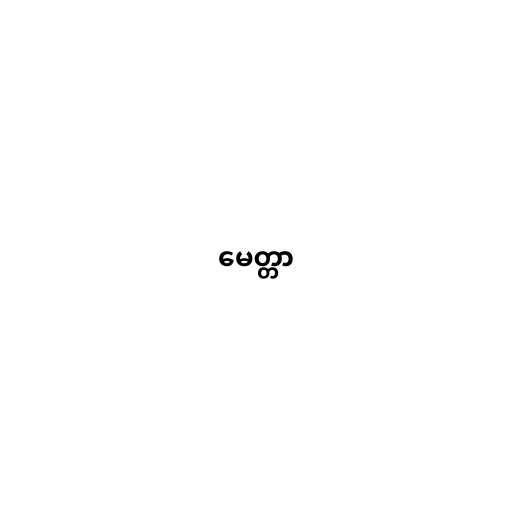
မေတ္တာ